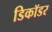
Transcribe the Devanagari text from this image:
डिकॉडर